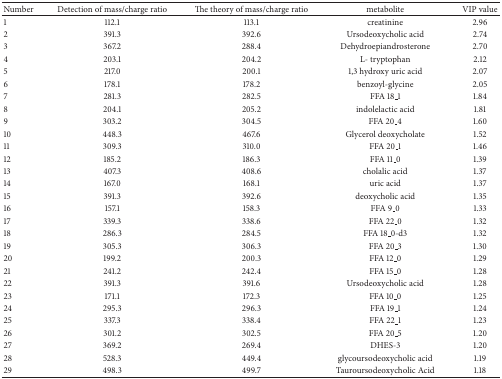
<table><thead><tr><td><b>Number</b></td><td><b>Detection of mass/charge ratio</b></td><td><b>The theory of mass/charge ratio</b></td><td><b>metabolite</b></td><td><b>VIP value</b></td></tr></thead><tbody><tr><td>1</td><td>112.1</td><td>113.1</td><td>creatinine</td><td>2.96</td></tr><tr><td>2</td><td>391.3</td><td>392.6</td><td>Ursodeoxycholic acid</td><td>2.74</td></tr><tr><td>3</td><td>367.2</td><td>288.4</td><td>Dehydroepiandrosterone</td><td>2.70</td></tr><tr><td>4</td><td>203.1</td><td>204.2</td><td>L- tryptophan</td><td>2.12</td></tr><tr><td>5</td><td>217.0</td><td>200.1</td><td>1,3 hydroxy uric acid</td><td>2.07</td></tr><tr><td>6</td><td>178.1</td><td>178.2</td><td>benzoyl-glycine</td><td>2.05</td></tr><tr><td>7</td><td>281.3</td><td>282.5</td><td>FFA 18_1</td><td>1.84</td></tr><tr><td>8</td><td>204.1</td><td>205.2</td><td>indolelactic acid</td><td>1.81</td></tr><tr><td>9</td><td>303.2</td><td>304.5</td><td>FFA 20_4</td><td>1.60</td></tr><tr><td>10</td><td>448.3</td><td>467.6</td><td>Glycerol deoxycholate</td><td>1.52</td></tr><tr><td>11</td><td>309.3</td><td>310.0</td><td>FFA 20_1</td><td>1.46</td></tr><tr><td>12</td><td>185.2</td><td>186.3</td><td>FFA 11_0</td><td>1.39</td></tr><tr><td>13</td><td>407.3</td><td>408.6</td><td>cholalic acid</td><td>1.37</td></tr><tr><td>14</td><td>167.0</td><td>168.1</td><td>uric acid</td><td>1.37</td></tr><tr><td>15</td><td>391.3</td><td>392.6</td><td>deoxycholic acid</td><td>1.35</td></tr><tr><td>16</td><td>157.1</td><td>158.3</td><td>FFA 9_0</td><td>1.33</td></tr><tr><td>17</td><td>339.3</td><td>338.6</td><td>FFA 22_0</td><td>1.32</td></tr><tr><td>18</td><td>286.3</td><td>284.5</td><td>FFA 18_0-d3</td><td>1.32</td></tr><tr><td>19</td><td>305.3</td><td>306.3</td><td>FFA 20_3</td><td>1.30</td></tr><tr><td>20</td><td>199.2</td><td>200.3</td><td>FFA 12_0</td><td>1.29</td></tr><tr><td>21</td><td>241.2</td><td>242.4</td><td>FFA 15_0</td><td>1.28</td></tr><tr><td>22</td><td>391.3</td><td>391.6</td><td>Ursodeoxycholic acid</td><td>1.28</td></tr><tr><td>23</td><td>171.1</td><td>172.3</td><td>FFA 10_0</td><td>1.25</td></tr><tr><td>24</td><td>295.3</td><td>296.3</td><td>FFA 19_1</td><td>1.24</td></tr><tr><td>25</td><td>337.3</td><td>338.4</td><td>FFA 22_1</td><td>1.23</td></tr><tr><td>26</td><td>301.2</td><td>302.5</td><td>FFA 20_5</td><td>1.20</td></tr><tr><td>27</td><td>369.2</td><td>269.4</td><td>DHES-3</td><td>1.20</td></tr><tr><td>28</td><td>528.3</td><td>449.4</td><td>glycoursodeoxycholic acid</td><td>1.19</td></tr><tr><td>29</td><td>498.3</td><td>499.7</td><td>Tauroursodeoxycholic Acid</td><td>1.18</td></tr></tbody></table>